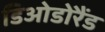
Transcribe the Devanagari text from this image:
डिओडोरैंड